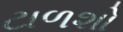
ટાળશો